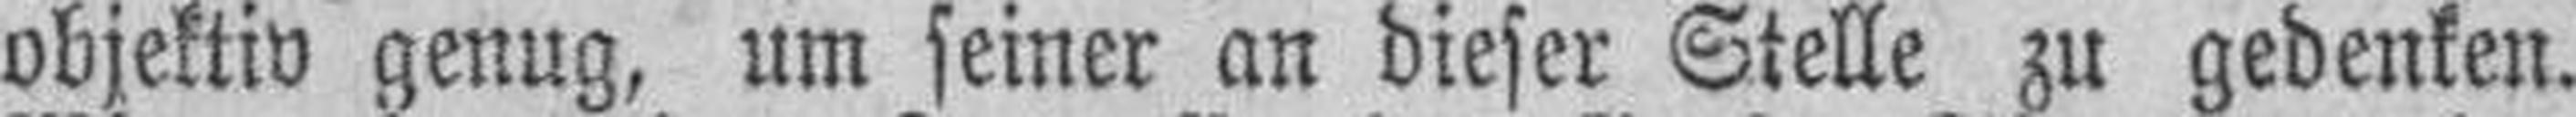
objektiv genug, um seiner an dieser Stelle zu gedenken.